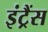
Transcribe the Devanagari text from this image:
इंट्रैंस